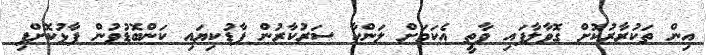
އިން ތަކުރާރުކޮށް ގޮވާލާފައި ވާތީ އެކަމަށް ލަންކާ ސަރުކާރުން ފާޑުކިޔައި ކަންބޮޑުވުން ފާޅުކޮށްފި